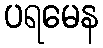
ပရမေန